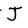
Character: J